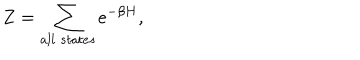
Z = \sum _ { a l l \; s t a t e s } e ^ { - \beta H } ,